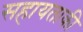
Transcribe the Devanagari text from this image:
सहायताकी